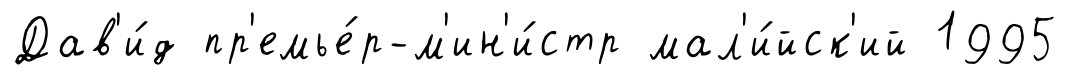
Дав'и́д пр'емье́р-м'ин'и́стр мал'и́йск'ий 1995